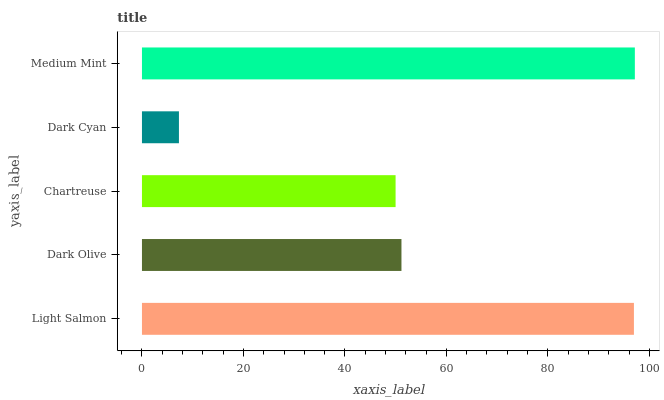
| yaxis_label | bars |
 | --- | --- |
 | Light Salmon | 97 |
 | Dark Olive | 51.1 |
 | Chartreuse | 50 |
 | Dark Cyan | 7.29 |
 | Medium Mint | 97.2 |